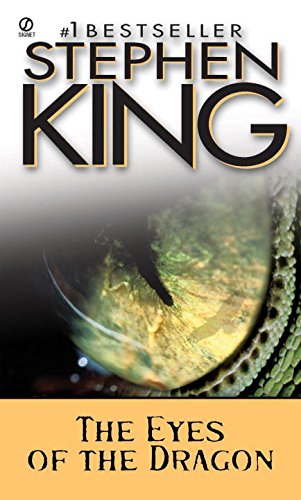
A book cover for The Eyes of the Dragon; Stephen King; Mystery, Thriller & Suspense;